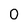
Character: 0